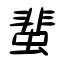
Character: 蜚